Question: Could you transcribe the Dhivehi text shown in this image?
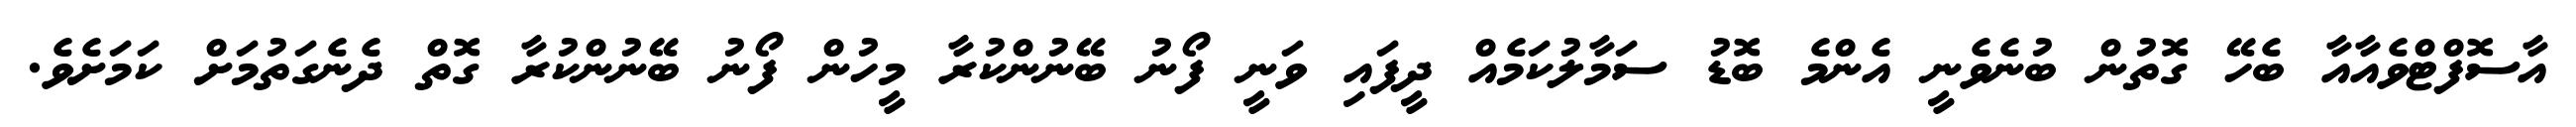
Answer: އާސޮފްޓްވެއާއާ ބެހޭ ގޮތުން ބުނެވެނީ އެންމެ ބޮޑު ސަމާލުކަމެއް ދީފައި ވަނީ ފޯނު ބޭނުންކުރާ މީހުން ފޯނު ބޭނުންކުރާ ގޮތް ދެނެގަތުމަށް ކަމަށެވެ.